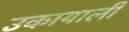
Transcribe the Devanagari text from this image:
उकायाली